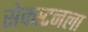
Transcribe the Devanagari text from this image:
सेक्स्टनला